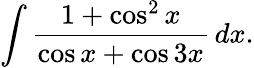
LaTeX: \int{\frac{1+\cos^{2}x}{\cos x+\cos 3x}}\, dx.